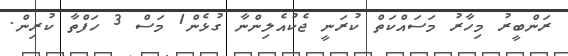
ރަންބީރު މިހާރު މަސައްކަތް ކުރަނީ ޖެކުއެލިންނާ ގުޅެން1 މަސް 3 ހަފްތާ ކުރިން.